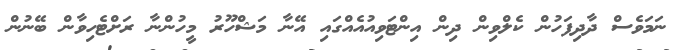
ނަމަވެސް ދާދިފަހުން ކެލްވިން ދިން އިންޓަވިއުއެއްގައި އޭނާ މަޝްހޫރު މީހުންނާ ރަށްޓެހިވާން ބޭނުން